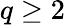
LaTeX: q\ge 2